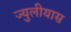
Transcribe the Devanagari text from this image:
ज्युलीयास